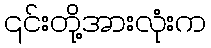
၎င်းတို့အားလုံးက